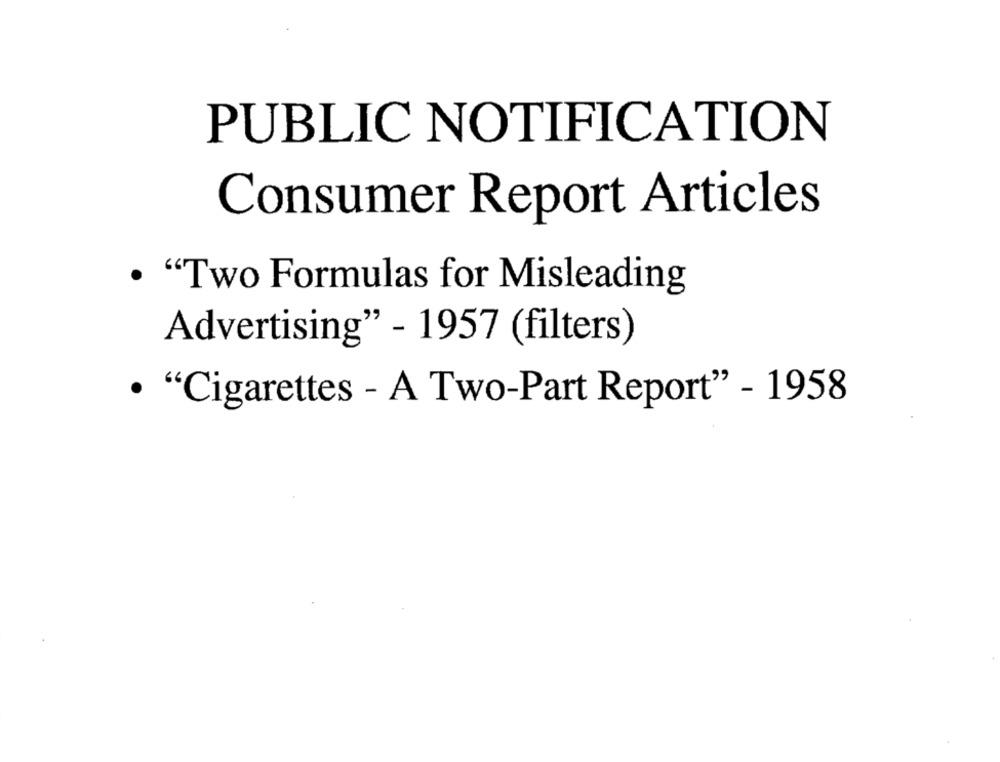
PUBLIC NOTIFICATION
Consumer Report Articles
· "Two Formulas for Misleading
Advertising" - 1957 (filters)
· "Cigarettes - A Two-Part Report" - 1958